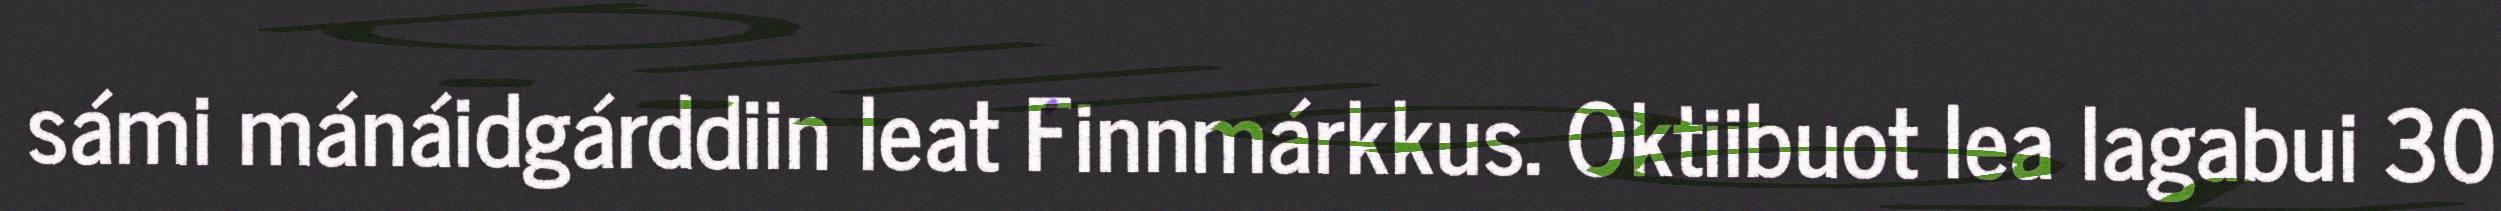
sámi mánáidgárddiin leat Finnmárkkus. Oktiibuot lea lagabui 30